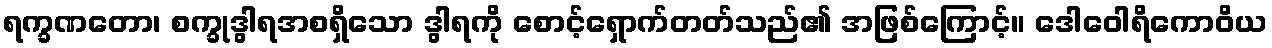
ရက္ခဏတော၊ စက္ခုဒွါရအစရှိသော ဒွါရကို စောင့်ရှောက်တတ်သည်၏ အဖြစ်ကြောင့်။ ဒေါဝေါရိကောဝိယ